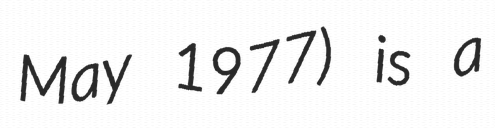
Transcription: May 1977) is a